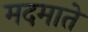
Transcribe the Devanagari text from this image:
मदमाते